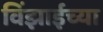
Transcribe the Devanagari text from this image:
विंझाईच्या